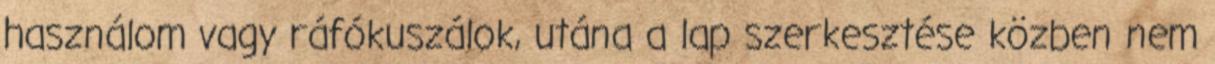
használom vagy ráfókuszálok, utána a lap szerkesztése közben nem